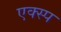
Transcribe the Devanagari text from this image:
एक्स्प